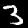
Digit: 3